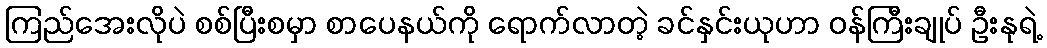
ကြည်အေးလိုပဲ စစ်ပြီးစမှာ စာပေနယ်ကို ရောက်လာတဲ့ ခင်နှင်းယုဟာ ဝန်ကြီးချုပ် ဦးနုရဲ့